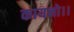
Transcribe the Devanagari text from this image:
कायनो।।